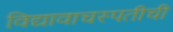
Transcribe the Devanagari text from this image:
विद्यावाचस्पतीची